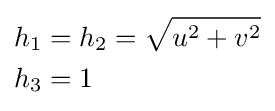
{\begin{aligned}h_{1}&=h_{2}={\sqrt {u^{2}+v^{2}}}\\h_{3}&=1\end{aligned}}